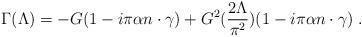
LaTeX: \begin{align*}\Gamma(\Lambda) = -G(1-i\pi\alpha n\cdot\gamma)+G^2(\frac{2\Lambda}{\pi^2})(1-i\pi\alpha n\cdot\gamma)\;.\end{align*}